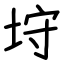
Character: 垨